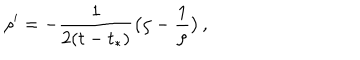
LaTeX: \rho ^ { \prime } = - \frac { 1 } { 2 ( t - t _ { * } ) } \bigl ( \rho - \frac 1 \rho \bigr ) \, ,